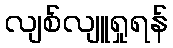
လျစ်လျူရှုရန်